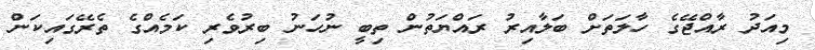
މިއަދު ރާއްޖޭގެ ހާލަތަށް ބަލާއިރު ރައްޔަތުން ތިބީ ނުހަނު ބިރުވެރި ކަމެއްގެ ތެރޭގައިކަން